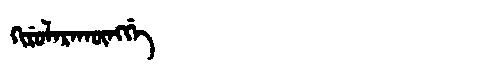
Manchu: ᡴᡳᡵᡠᠯᠠᡵᠠᡴᡡᠩᡤᡝ
Romanization: KIRULARAKŪNGGE